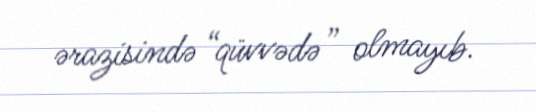
ərazisində “qüvvədə” olmayıb.